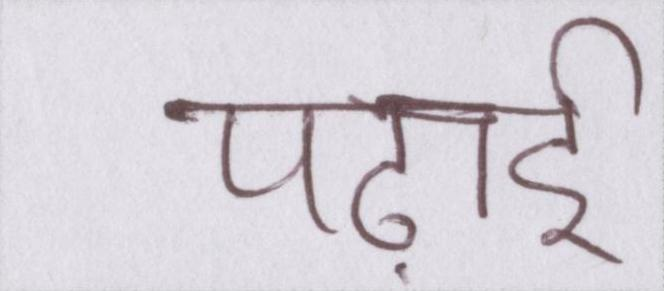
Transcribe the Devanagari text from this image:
पढ़ाई